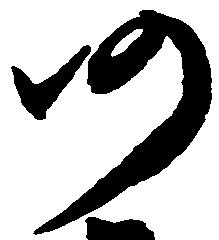
仍